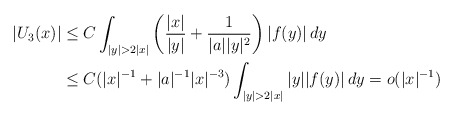
\begin{align*}|U_3(x)| &\leq C\int_{|y|>2|x|}\left(\frac{|x|}{|y|}+\frac{1}{|a||y|^2}\right)|f(y)|\,dy \\&\leq C(|x|^{-1}+|a|^{-1}|x|^{-3})\int_{|y|>2|x|}|y||f(y)|\,dy=o(|x|^{-1})\end{align*}